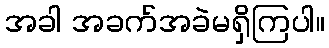
အခါ အခက်အခဲမရှိကြပါ။